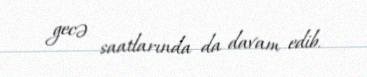
gecə saatlarında da davam edib.